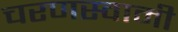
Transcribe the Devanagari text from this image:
चरणस्वामी